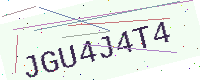
Text: JGU4J4T4